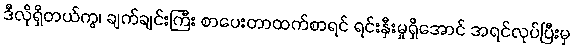
ဒီလိုရှိတယ်ကွ၊ ချက်ချင်းကြီး စာပေးတာထက်စာရင် ရင်းနှီးမှုရှိအောင် အရင်လုပ်ပြီးမှ